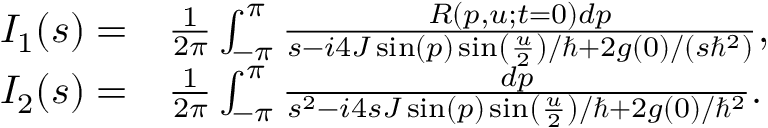
\begin{array} { r l } { I _ { 1 } ( s ) = } & { { } \frac { 1 } { 2 \pi } \int _ { - \pi } ^ { \pi } \frac { R ( p , u ; t = 0 ) d p } { s - i 4 J \sin ( p ) \sin \left( \frac { u } { 2 } \right) / \hbar + 2 g ( 0 ) / ( s \hbar ^ { 2 } ) } , } \\ { I _ { 2 } ( s ) = } & { { } \frac { 1 } { 2 \pi } \int _ { - \pi } ^ { \pi } \frac { d p } { s ^ { 2 } - i 4 s J \sin ( p ) \sin \left( \frac { u } { 2 } \right) / \hbar + 2 g ( 0 ) / \hbar ^ { 2 } } . } \end{array}